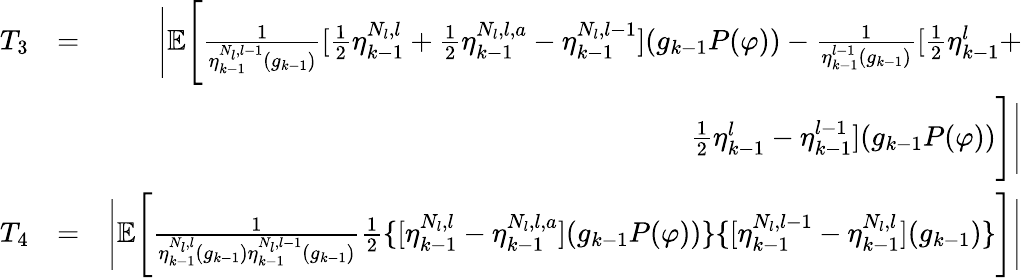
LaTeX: \begin{array}{rlr}{T_{3}}&{=}&{\Bigg|\mathbb{E}\Bigg[\frac{1}{\eta_{k-1}^{N_{l},l-1}(g_{k-1})}[\frac{1}{2}\eta_{k-1}^{N_{l},l}+\frac{1}{2}\eta_{k-1}^{N_{l},l,a}-\eta_{k-1}^{N_{l},l-1}](g_{k-1}P(\varphi))-\frac{1}{\eta_{k-1}^{l-1}(g_{k-1})}[\frac{1}{2}\eta_{k-1}^{l}+}\\ &{}&{\frac{1}{2}\eta_{k-1}^{l}-\eta_{k-1}^{l-1}](g_{k-1}P(\varphi))\Bigg]\Bigg|}\\ {T_{4}}&{=}&{\Bigg|\mathbb{E}\Bigg[\frac{1}{\eta_{k-1}^{N_{l},l}(g_{k-1})\eta_{k-1}^{N_{l},l-1}(g_{k-1})}\frac{1}{2}\{ [\eta_{k-1}^{N_{l},l}-\eta_{k-1}^{N_{l},l,a}](g_{k-1}P(\varphi))\} \{ [\eta_{k-1}^{N_{l},l-1}-\eta_{k-1}^{N_{l},l}](g_{k-1})\} \Bigg]\Bigg|}\end{array}